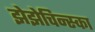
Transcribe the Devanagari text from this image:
झेझेचिन्स्का